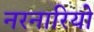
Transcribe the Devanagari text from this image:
नरनारियो